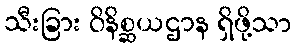
သီးခြား ဝိနိစ္ဆယဌာန ရှိဖို့သာ